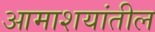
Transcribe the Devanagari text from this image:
आमाशयांतील